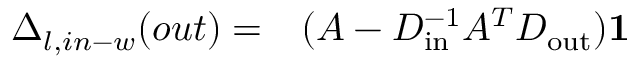
\begin{array} { r l } { \Delta _ { l , i n - w } ( o u t ) = } & { { } ( A - D _ { \mathrm { i n } } ^ { - 1 } A ^ { T } D _ { \mathrm { o u t } } ) \mathbf { 1 } } \end{array}